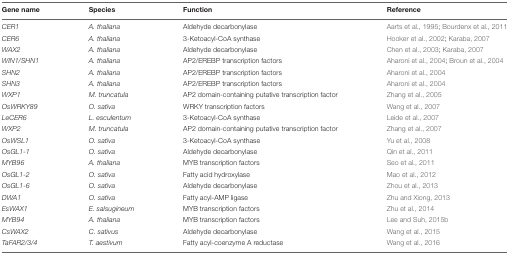
<table><thead><tr><td><b>Gene name</b></td><td><b>Species</b></td><td><b>Function</b></td><td><b>Reference</b></td></tr></thead><tbody><tr><td><i>CER1</i></td><td><i>A. thaliana</i></td><td>Aldehyde decarbonylase</td><td>Aarts et al., 1995; Bourdenx et al., 2011</td></tr><tr><td><i>CER6</i></td><td><i>A. thaliana</i></td><td>3-Ketoacyl-CoA synthase</td><td>Hooker et al., 2002; Karaba, 2007</td></tr><tr><td><i>WAX2</i></td><td><i>A. thaliana</i></td><td>Aldehyde decarbonylase</td><td>Chen et al., 2003; Karaba, 2007</td></tr><tr><td><i>WIN1/SHN1</i></td><td><i>A. thaliana</i></td><td>AP2/EREBP transcription factors</td><td>Aharoni et al., 2004; Broun et al., 2004</td></tr><tr><td><i>SHN2</i></td><td><i>A. thaliana</i></td><td>AP2/EREBP transcription factors</td><td>Aharoni et al., 2004</td></tr><tr><td><i>SHN3</i></td><td><i>A. thaliana</i></td><td>AP2/EREBP transcription factors</td><td>Aharoni et al., 2004</td></tr><tr><td><i>WXP1</i></td><td><i>M. truncatula</i></td><td>AP2 domain-containing putative transcription factor</td><td>Zhang et al., 2005</td></tr><tr><td><i>OsWRKY89</i></td><td><i>O. sativa</i></td><td>WRKY transcription factors</td><td>Wang et al., 2007</td></tr><tr><td><i>LeCER6</i></td><td><i>L. esculentum</i></td><td>3-Ketoacyl-CoA synthase</td><td>Leide et al., 2007</td></tr><tr><td><i>WXP2</i></td><td><i>M. truncatula</i></td><td>AP2 domain-containing putative transcription factor</td><td>Zhang et al., 2007</td></tr><tr><td><i>OsWSL1</i></td><td><i>O. sativa</i></td><td>3-Ketoacyl-CoA synthase</td><td>Yu et al., 2008</td></tr><tr><td><i>OsGL1-1</i></td><td><i>O. sativa</i></td><td>Aldehyde decarbonylase</td><td>Qin et al., 2011</td></tr><tr><td><i>MYB96</i></td><td><i>A. thaliana</i></td><td>MYB transcription factors</td><td>Seo et al., 2011</td></tr><tr><td><i>OsGL1-2</i></td><td><i>O. sativa</i></td><td>Fatty acid hydroxylase</td><td>Mao et al., 2012</td></tr><tr><td><i>OsGL1-6</i></td><td><i>O. sativa</i></td><td>Aldehyde decarbonylase</td><td>Zhou et al., 2013</td></tr><tr><td><i>DWA1</i></td><td><i>O. sativa</i></td><td>Fatty acyl-AMP ligase</td><td>Zhu and Xiong, 2013</td></tr><tr><td><i>EsWAX1</i></td><td><i>E. salsugineum</i></td><td>MYB transcription factors</td><td>Zhu et al., 2014</td></tr><tr><td><i>MYB94</i></td><td><i>A. thaliana</i></td><td>MYB transcription factors</td><td>Lee and Suh, 2015b</td></tr><tr><td><i>CsWAX2</i></td><td><i>C. sativus</i></td><td>Aldehyde decarbonylase</td><td>Wang et al., 2015</td></tr><tr><td><i>TaFAR2/3/4</i></td><td><i>T. aestivum</i></td><td>Fatty acyl-coenzyme A reductase</td><td>Wang et al., 2016</td></tr></tbody></table>